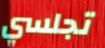
تجلسي